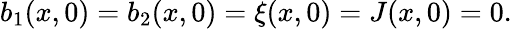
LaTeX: b_{1}(x,0)=b_{2}(x,0)=\xi(x,0)=J(x,0)=0.